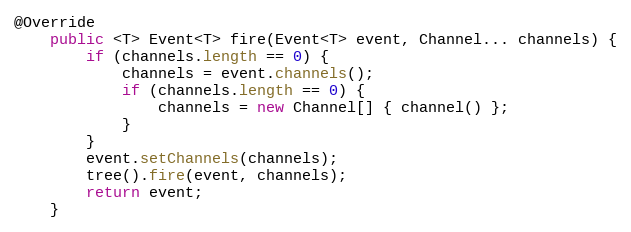
Language: Java
@Override
    public <T> Event<T> fire(Event<T> event, Channel... channels) {
        if (channels.length == 0) {
            channels = event.channels();
            if (channels.length == 0) {
                channels = new Channel[] { channel() };
            }
        }
        event.setChannels(channels);
        tree().fire(event, channels);
        return event;
    }